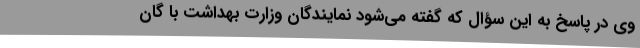
وی در پاسخ به این سؤال که گفته می‌شود نمایندگان وزارت بهداشت با گان